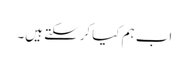
اب ہم کیا کرسکتے ہیں۔